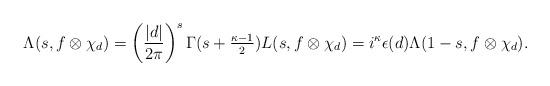
LaTeX: \begin{align*}\Lambda (s, f \otimes \chi_d) = \left(\frac{|d|}{2\pi} \right)^s \Gamma (s + \tfrac{\kappa -1}{2}) L(s, f \otimes \chi_d)= i^\kappa \epsilon(d ) \Lambda (1- s, f \otimes \chi_d).\end{align*}